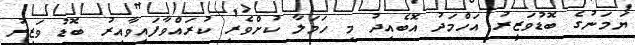
ޔަމަނުގެ ބޮޑުވަޒީރު އަހްމަދު އޮބެއިދު މި ހަމަލާ ކުށްވެރި ކުރައްވާފައިވާއިރު ބޮޑު ވަޒީރު